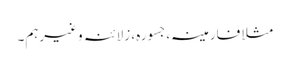
مثلا فارمینہ، جسورہ، زلائنہ وغیرہم۔